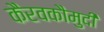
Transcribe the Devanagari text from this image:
कैरवकौमुदी